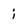
Character: i